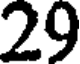
29